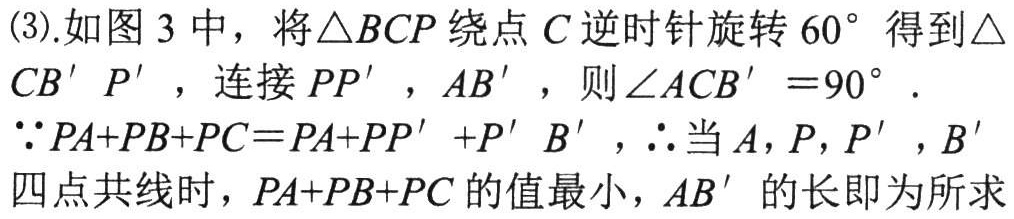
(3).如图 3 中，将\(\triangle BCP\)绕点\(C\)逆时针旋转\(60^{\circ}\)得到\(\triangle CB'P'\)，连接\(PP'\)，\(AB'\)，则\(\angle ACB' = 90^{\circ}\).

\(\because PA + PB + PC=PA + PP'+P'B'\)，\(\therefore\)当\(A\)，\(P\)，\(P'\)，\(B'\)四点共线时，\(PA + PB + PC\)的值最小，\(AB'\)的长即为所求